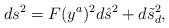
LaTeX: \begin{align*}ds^2=F(y^a)^2d\hat{s}^2+d\tilde{s}_d^2,\end{align*}